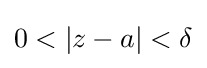
0<\vert z-a\vert <\delta